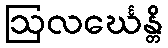
ဩလင်္ဃေန္တိ